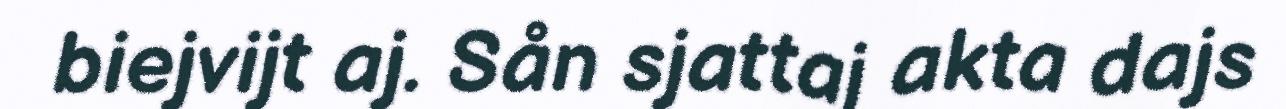
biejvijt aj. Sån sjattaj akta dajs